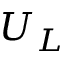
U _ { L }